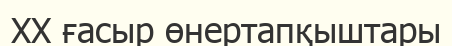
XX ғасыр өнертапқыштары